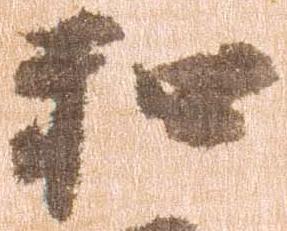
和